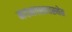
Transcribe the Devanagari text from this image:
मदनवशावस्थेत